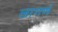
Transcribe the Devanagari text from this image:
लागणं